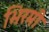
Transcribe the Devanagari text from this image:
भिरमी